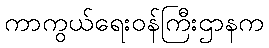
ကာကွယ်ရေးဝန်ကြီးဌာနက